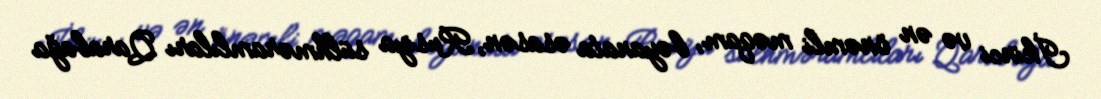
İkinci və ən önəmli məqam, bəyanata əsasən, Rusiya sülhməramlıları Qarabağa